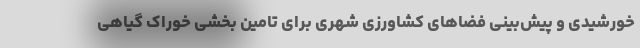
خورشیدی و پیش‌بینی فضاهای کشاورزی شهری برای تامین بخشی خوراک گیاهی